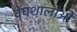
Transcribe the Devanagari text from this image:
वेघशालाओं